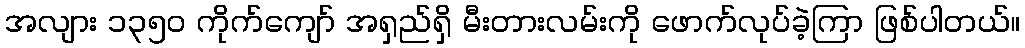
အလျား ၁၃၅၀ ကိုက်ကျော် အရှည်ရှိ မီးတားလမ်းကို ဖောက်လုပ်ခဲ့ကြာ ဖြစ်ပါတယ်။